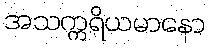
အသက္ကရိယမာနော